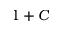
1 + C